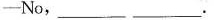
-No, ___ ___ .